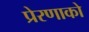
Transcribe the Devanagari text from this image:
प्रेरणाको